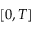
[ 0 , T ]